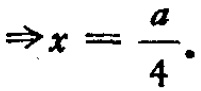
\(\Rightarrow x = \frac{a}{4}.\)